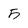
Character: 5